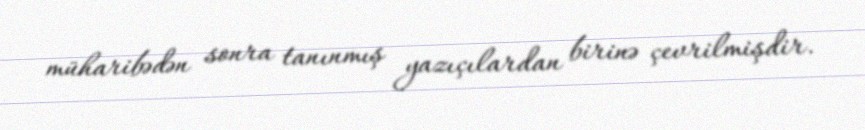
müharibədən sonra tanınmış yazıçılardan birinə çevrilmişdir.